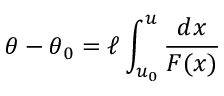
\theta - \theta _ { 0 } = \ell \int _ { u _ { 0 } } ^ { u } \frac { d x } { F ( x ) }